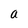
Character: a